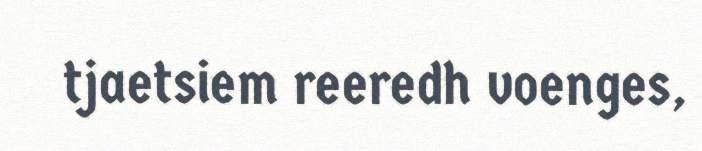
tjaetsiem reeredh voenges,